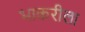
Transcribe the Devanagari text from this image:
भाकरीला